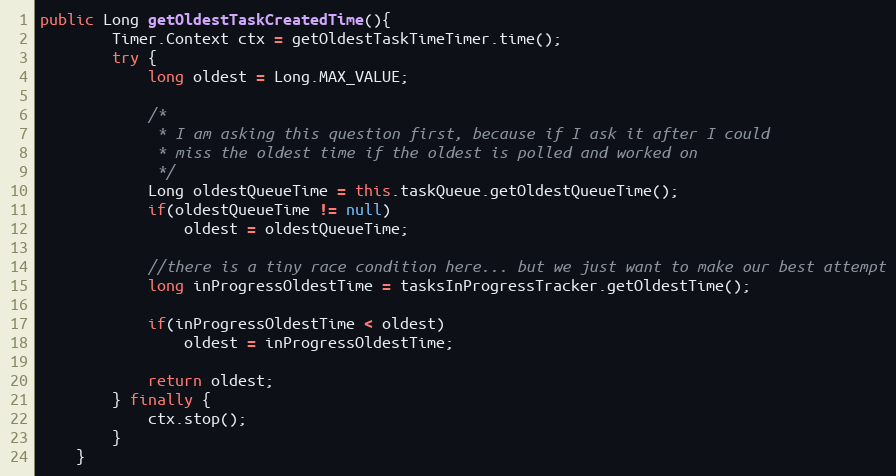
Language: Java
public Long getOldestTaskCreatedTime(){
	    Timer.Context ctx = getOldestTaskTimeTimer.time();
	    try {
    	    long oldest = Long.MAX_VALUE;

    	    /*
    	     * I am asking this question first, because if I ask it after I could
    	     * miss the oldest time if the oldest is polled and worked on
    	     */
    	    Long oldestQueueTime = this.taskQueue.getOldestQueueTime();
    	    if(oldestQueueTime != null)
    	        oldest = oldestQueueTime;

    	    //there is a tiny race condition here... but we just want to make our best attempt
    	    long inProgressOldestTime = tasksInProgressTracker.getOldestTime();

    	    if(inProgressOldestTime < oldest)
    	        oldest = inProgressOldestTime;

    	    return oldest;
	    } finally {
	        ctx.stop();
	    }
	}